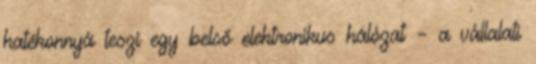
hatékonnyá teszi egy belső elektronikus hálózat – a vállalati